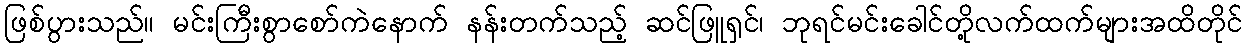
ဖြစ်ပွားသည်။ မင်းကြီးစွာစော်ကဲနောက် နန်းတက်သည့် ဆင်ဖြူရှင်၊ ဘုရင်မင်းခေါင်တို့လက်ထက်များအထိတိုင်